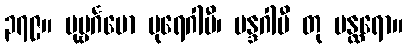
၃၇၉။ ပုဗ္ဗင်္ဂမော ပုရေဂါမီ၊ မန္ဒဂါမီ တု မန္ထရော။